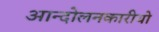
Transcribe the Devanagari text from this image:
आन्दोलनकारीयो